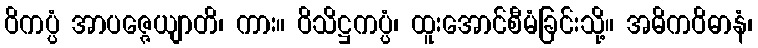
ဝိကပ္ပံ အာပဇ္ဇေယျာတိ၊ ကား။ ဝိသိဋ္ဌကပ္ပံ၊ ထူးအောင်စီမံခြင်းသို့။ အဓိကဝိဓာနံ၊